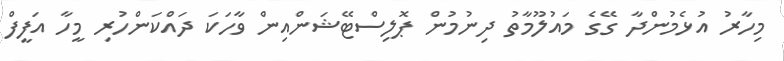
މިހާރު އުޅެމުންދާ ގޭގެ މައުލޫމާތު ދިނުމުން ޕޮލިސްޓޭޝަންއިން ވާހަކަ ދައްކަންހުރި މީހާ އަފީފް